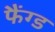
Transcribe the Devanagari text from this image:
फैंग्ड